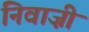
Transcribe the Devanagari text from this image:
निवाज़ी